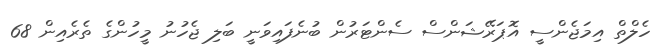
ހެލްތް އިމަޖެންސީ އޮޕަރޭޝަންސް ސެންޓަރުން ބުނެފައިވަނީ ބަލި ޖެހުނު މީހުންގެ ތެރެއިން 68